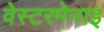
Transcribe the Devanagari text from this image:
वेस्टरमेनाइ